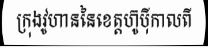
ក្រុងវូហាននៃខេត្តហ៊ូប៉ីកាលពី